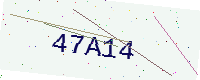
Text: 47A14